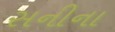
સનીના